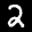
Label: 2